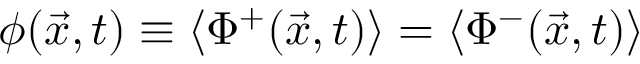
\phi ( \vec { x } , t ) \equiv \langle \Phi ^ { + } ( \vec { x } , t ) \rangle = \langle \Phi ^ { - } ( \vec { x } , t ) \rangle